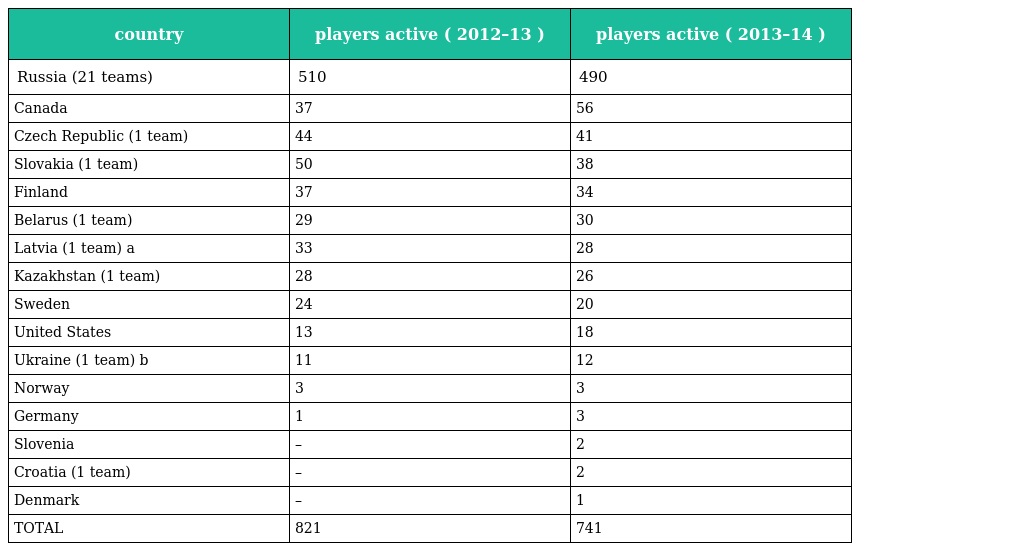
| country | players active ( 2012–13 ) | players active ( 2013–14 ) |
 | --- | --- | --- |
 | Russia (21 teams) | 510 | 490 |
 | Canada | 37 | 56 |
 | Czech Republic (1 team) | 44 | 41 |
 | Slovakia (1 team) | 50 | 38 |
 | Finland | 37 | 34 |
 | Belarus (1 team) | 29 | 30 |
 | Latvia (1 team) a | 33 | 28 |
 | Kazakhstan (1 team) | 28 | 26 |
 | Sweden | 24 | 20 |
 | United States | 13 | 18 |
 | Ukraine (1 team) b | 11 | 12 |
 | Norway | 3 | 3 |
 | Germany | 1 | 3 |
 | Slovenia | – | 2 |
 | Croatia (1 team) | – | 2 |
 | Denmark | – | 1 |
 | TOTAL | 821 | 741 |